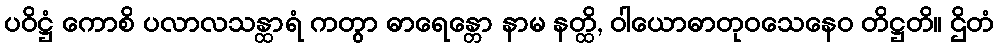
ပဝိဋ္ဌံ ကောစိ ပလာလသန္ထာရံ ကတွာ ဓာရေန္တော နာမ နတ္ထိ, ဝါယောဓာတုဝသေနေဝ တိဋ္ဌတိ။ ဌိတံ